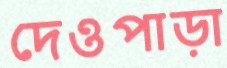
দেওপাড়া